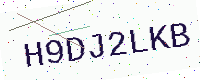
Text: H9DJ2LKB